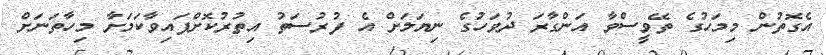
އެގޮތުން މިމަހުގެ ތޭވީސްވާ އަންގާރަ ދުވަހުގެ ނިޔަލަށް އެ ފުރުސަތު އިތުރުކޮށްފައިވާކަމަށާ މިހާތަނަށް